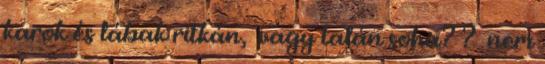
karok és lábak ritkán, vagy talán soha? ? nem